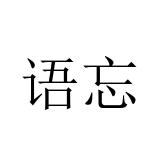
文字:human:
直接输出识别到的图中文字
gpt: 语忘